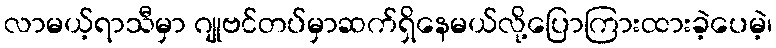
လာမယ့်ရာသီမှာ ဂျုဗင်တပ်မှာဆက်ရှိနေမယ်လို့ပြောကြားထားခဲ့ပေမဲ့၊